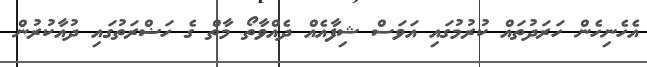
އެހެނިހެން ހަރަދުތައް ކުރުމުގައި އަވަސް ޝިފާއެއް ދެއްވާތޯ މާތް ގެ ހަޟްރަތުގައި ދުއާކުރުން